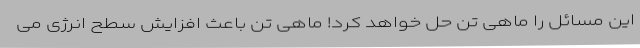
این مسائل را ماهی تن حل خواهد کرد! ماهی تن باعث افزایش سطح انرژی می